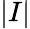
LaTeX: |I|